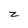
Character: z